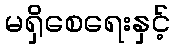
မရှိစေရေးနှင့်